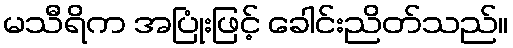
မသီရိက အပြုံးဖြင့် ခေါင်းညိတ်သည်။